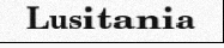
Lusitania